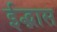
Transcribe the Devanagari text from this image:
ईद्भास